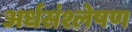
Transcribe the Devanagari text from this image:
अर्धसंश्लेषण